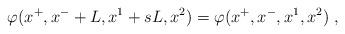
LaTeX: \begin{align*} \varphi(x^+,x^-+L,x^1+sL,x^2)= \varphi(x^+,x^-,x^1,x^2) \;,\end{align*}